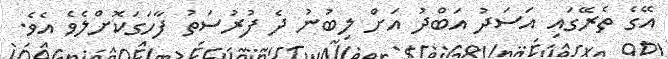
އޭގެ ތެރޭގައި އަސަދު އަބްދު އަށް ލިބުނު ދެ ފުރުސަތު ފާހަގަކޮށްލެވެ އެވެ.